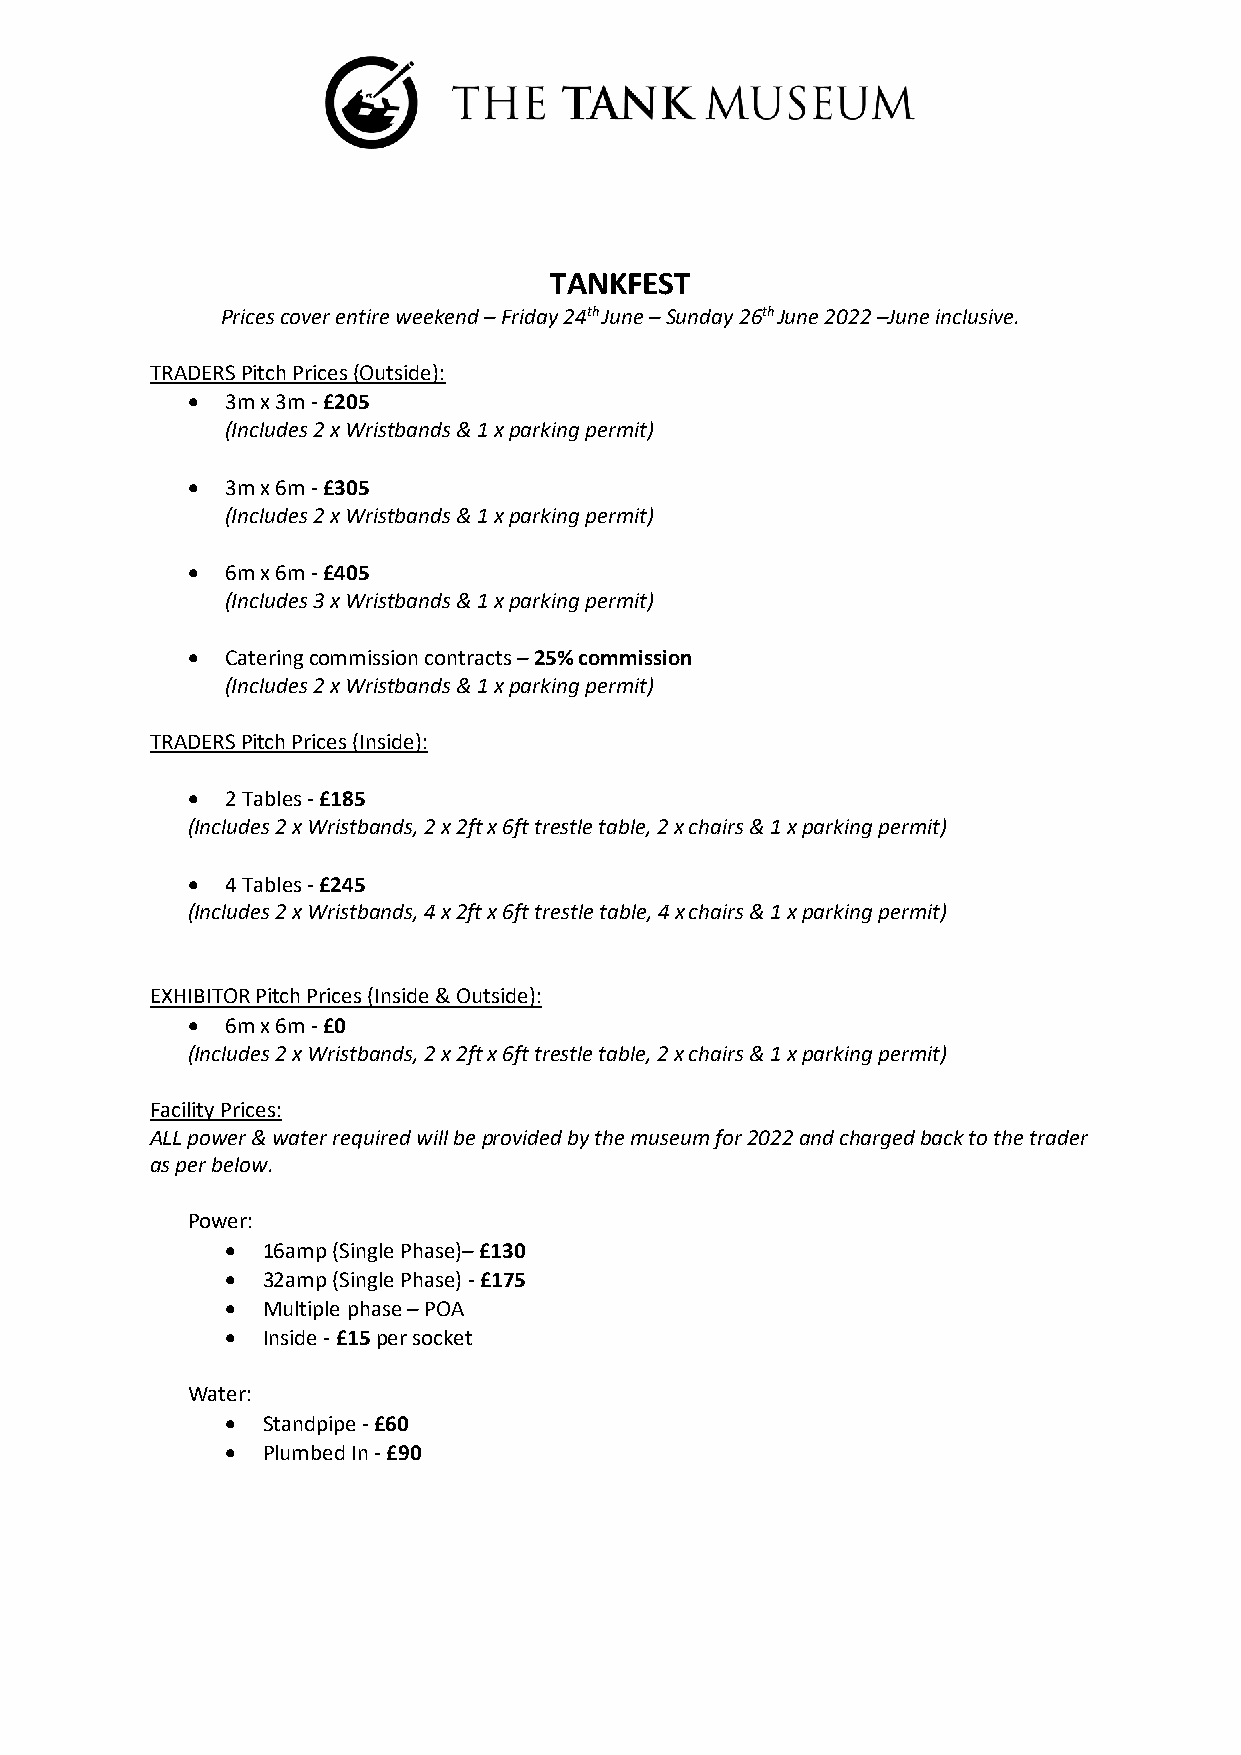
TANKFEST
 Prices cover entire weekend – Friday 24th June – Sunday 26th June 2022 –June inclusive.
 TRADERS Pitch Prices (Outside):
 •  3m x 3m - £205
 (Includes 2 x Wristbands & 1 x parking permit)
 •  3m x 6m - £305
 (Includes 2 x Wristbands & 1 x parking permit)
 •  6m x 6m - £405
 (Includes 3 x Wristbands & 1 x parking permit)
 •  Catering commission contracts – 25% commission
 (Includes 2 x Wristbands & 1 x parking permit)
 TRADERS Pitch Prices (Inside):
 •  2 Tables - £185
 (Includes 2 x Wristbands, 2 x 2ft x 6ft trestle table, 2 x chairs & 1 x parking permit)
 •  4 Tables - £245
 (Includes 2 x Wristbands, 4 x 2ft x 6ft trestle table, 4 x chairs & 1 x parking permit)
 EXHIBITOR Pitch Prices (Inside & Outside):
 •  6m x 6m - £0
 (Includes 2 x Wristbands, 2 x 2ft x 6ft trestle table, 2 x chairs & 1 x parking permit)
 Facility Prices:
 ALL power & water required will be provided by the museum for 2022 and charged back to the trader
 as per below.
 Power:
 • 16amp (Single Phase)– £130
 • 32amp (Single Phase) - £175
 • Multiple phase – POA
 • Inside - £15 per socket
 Water:
 • Standpipe - £60
 • Plumbed In - £90